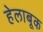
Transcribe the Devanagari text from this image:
हेलाबूक